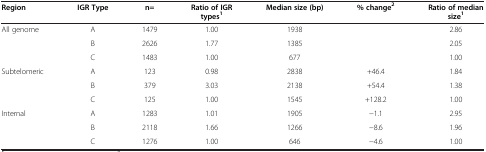
<table><thead><tr><td><b>Region</b></td><td><b>IGR Type</b></td><td><b>n=</b></td><td><b>Ratio of IGR types<sup>1</sup></b></td><td><b>Median size (bp)</b></td><td><b>% change<sup>2</sup></b></td><td><b>Ratio of median size<sup>1</sup></b></td></tr></thead><tbody><tr><td rowspan="3">All genome</td><td>A</td><td>1479</td><td>1.00</td><td>1938</td><td> </td><td>2.86</td></tr><tr><td>B</td><td>2626</td><td>1.77</td><td>1385</td><td> </td><td>2.05</td></tr><tr><td>C</td><td>1483</td><td>1.00</td><td>677</td><td> </td><td>1.00</td></tr><tr><td rowspan="3">Subtelomeric</td><td>A</td><td>123</td><td>0.98</td><td>2838</td><td>+46.4</td><td>1.84</td></tr><tr><td>B</td><td>379</td><td>3.03</td><td>2138</td><td>+54.4</td><td>1.38</td></tr><tr><td>C</td><td>125</td><td>1.00</td><td>1545</td><td>+128.2</td><td>1.00</td></tr><tr><td rowspan="2">Internal</td><td>A</td><td>1283</td><td>1.01</td><td>1905</td><td>−1.1</td><td>2.95</td></tr><tr><td>B</td><td>2118</td><td>1.66</td><td>1266</td><td>−8.6</td><td>1.96</td></tr><tr><td> </td><td>C</td><td>1276</td><td>1.00</td><td>646</td><td>−4.6</td><td>1.00</td></tr></tbody></table>